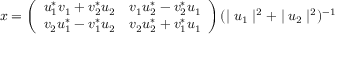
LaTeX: x = \left( \begin{array} { c c } { { u _ { 1 } ^ { \ast } v _ { 1 } + v _ { 2 } ^ { \ast } u _ { 2 } } } & { { v _ { 1 } u _ { 2 } ^ { \ast } - v _ { 2 } ^ { \ast } u _ { 1 } } } \\ { { v _ { 2 } u _ { 1 } ^ { \ast } - v _ { 1 } ^ { \ast } u _ { 2 } } } & { { v _ { 2 } u _ { 2 } ^ { \ast } + v _ { 1 } ^ { \ast } u _ { 1 } } } \end{array} \right) ( \mid u _ { 1 } \mid ^ { 2 } + \mid u _ { 2 } \mid ^ { 2 } ) ^ { - 1 }